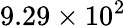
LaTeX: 9.29\times 10^{2}